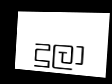
දුලා